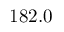
1 8 2 . 0